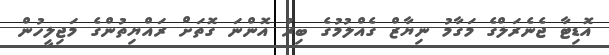
އޮޑިޓާ ޖެނެރަލްގެ މަގާމު ނިޔާޒް ގެއްލުމުގެ ބިރު އޮންނަ ގޮތަށް ރައްޔިތުންގެ މަޖިލީހުން